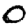
Digit: 0